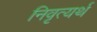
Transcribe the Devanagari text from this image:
निवृत्यर्थ